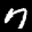
Label: 7